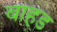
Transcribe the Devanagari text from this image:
बाहड